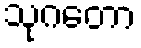
သုဂတော